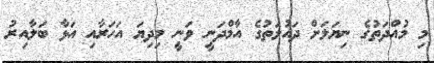
މި މުއްދަތުގެ ނިޔަލަށް ދައުލަތުގެ އާމްދަނީ ވަނީ މިދިޔަ އަހަރާއި އަޅާ ބަލާއިރު